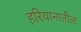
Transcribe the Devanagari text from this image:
हरियानातील